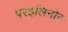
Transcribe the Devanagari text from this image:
परइलिनोर